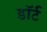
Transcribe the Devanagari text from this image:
डॉर्ट